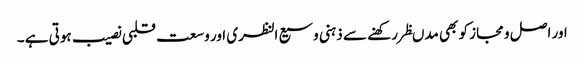
اور اصل و مجاز کو بھی مدںظر رکھنے سے ذہنی وسیع النظری اور وسعت قلبی نصیب ہوتی ہے ۔